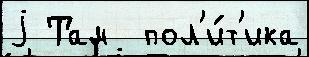
j Там  пол'и́т'ика